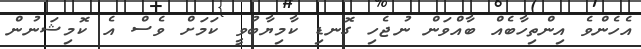
އެހެންވެ އިންތިހާބެއް ބާއްވަން ނުޖެހި ގޮނޑި ކާމިޔާބުވީ ކަމަށް ވެސް އެ ކޮމިޝަނުން